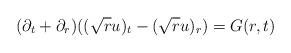
LaTeX: \begin{align*} (\partial_t + \partial_r) ((\sqrt{r}u)_t - (\sqrt{r}u)_r) = G(r,t)\end{align*}